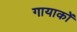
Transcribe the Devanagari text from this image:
गायाकों